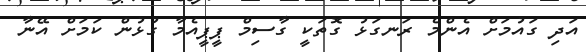
އަދި ގައުމަށް އެންމެ ރަނގަޅު ގޮތަކީ ގާސިމް ޕީޕީއެމާ ގުޅުން ކަމަށް އޭނާ